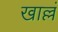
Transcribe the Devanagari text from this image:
खाल्लं